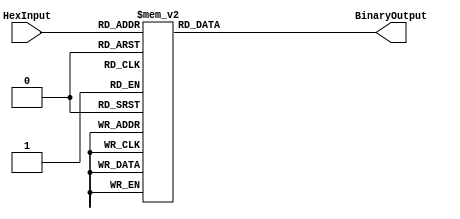
module HexToBinaryEncoder (
    input  wire [3:0] HexInput,      // 4-bit hexadecimal input
    output reg  [15:0] BinaryOutput   // 16-bit binary output
);

always @(*) begin
    case (HexInput)
        4'b0000: BinaryOutput = 16'b0000000000000000; // 0 in hex
        4'b0001: BinaryOutput = 16'b0000000000000001; // 1 in hex
        4'b0010: BinaryOutput = 16'b0000000000000010; // 2 in hex
        4'b0011: BinaryOutput = 16'b0000000000000011; // 3 in hex
        4'b0100: BinaryOutput = 16'b0000000000000100; // 4 in hex
        4'b0101: BinaryOutput = 16'b0000000000000101; // 5 in hex
        4'b0110: BinaryOutput = 16'b0000000000000110; // 6 in hex
        4'b0111: BinaryOutput = 16'b0000000000000111; // 7 in hex
        4'b1000: BinaryOutput = 16'b0000000000001000; // 8 in hex
        4'b1001: BinaryOutput = 16'b0000000000001001; // 9 in hex
        4'b1010: BinaryOutput = 16'b0000000000001010; // A in hex
        4'b1011: BinaryOutput = 16'b0000000000001011; // B in hex
        4'b1100: BinaryOutput = 16'b0000000000001100; // C in hex
        4'b1101: BinaryOutput = 16'b0000000000001101; // D in hex
        4'b1110: BinaryOutput = 16'b0000000000001110; // E in hex
        4'b1111: BinaryOutput = 16'b0000000000001111; // F in hex
        default: BinaryOutput = 16'b0000000000000000; // Default case (should not happen)
    endcase
end

endmodule